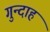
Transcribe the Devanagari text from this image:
गुन्दाह